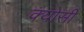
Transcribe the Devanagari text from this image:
क्योसी